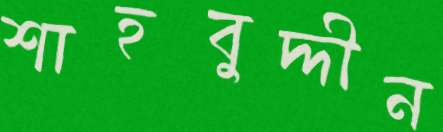
শাহবুদ্দীন